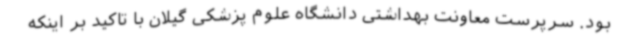
بود. سرپرست معاونت بهداشتی دانشگاه علوم پزشکی گیلان با تاکید بر اینکه